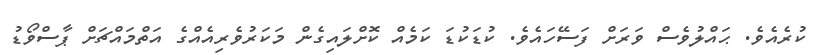
ކުރެއެވެ. ޙައްލުވެސް ވަރަށް ފަސޭހައެވެ. ކުޑަކުޑަ ކަމެއް ކޮށްލައިގެން މަކަރުވެރިއެއްގެ އަތްމައްޗަށް ޕާސްވޯޑު